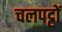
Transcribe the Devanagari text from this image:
चलपट्टों